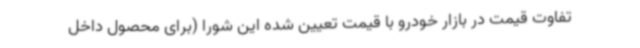
تفاوت قیمت در بازار خودرو با قیمت تعیین شده این شورا (برای محصول داخل